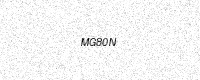
Text: MG80N